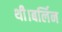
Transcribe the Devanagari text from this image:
थी।बर्लिन